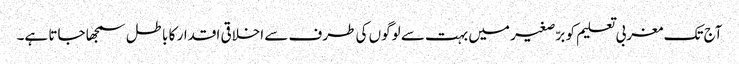
آج تک مغربی تعلیم کو برّصغیر میں بہت سے لوگوں کی طرف سے اخلاقی اقدار کا باطل سمجھا جاتا ہے۔